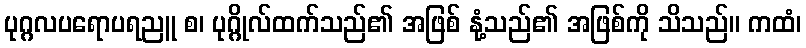
ပုဂ္ဂလပရောပရညူ စ၊ ပုဂ္ဂိုလ်ထက်သည်၏ အဖြစ် နုံ့သည်၏ အဖြစ်ကို သိသည်။ ကထံ၊